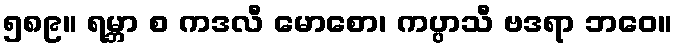
၅၈၉။ ရမ္ဘာ စ ကဒလီ မောစော၊ ကပ္ပာသီ ဗဒရာ ဘဝေ။